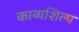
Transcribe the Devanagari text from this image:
काव्यशिल्प